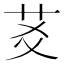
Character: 䒝